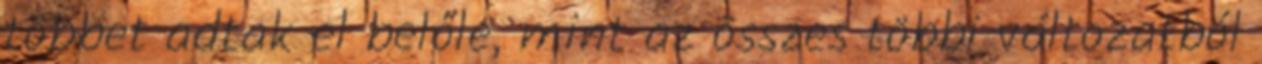
többet adtak el belőle, mint az összes többi változatból